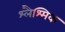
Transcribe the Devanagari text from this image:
श्लैश्मिक